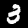
Digit: 3